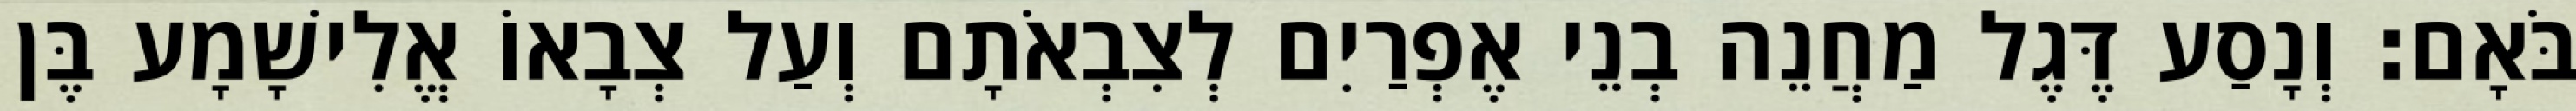
בֹּאָם׃ וְנָסַע דֶּגֶל מַחֲנֵה בְנֵי אֶפְרַיִם לְצִבְאֹתָם וְעַל צְבָאוֹ אֱלִישָׁמָע בֶּן